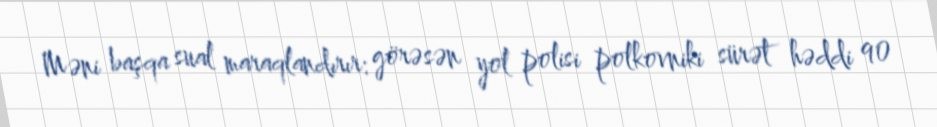
Məni başqa sual maraqlandırır: görəsən yol polisi polkovniki sürət həddi 90